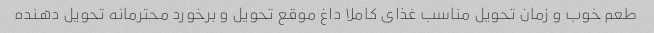
طعم خوب و زمان تحویل مناسب غذای کاملا داغ موقع تحویل و برخورد محترمانه تحویل دهنده